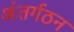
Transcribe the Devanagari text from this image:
अंतर्गठन